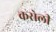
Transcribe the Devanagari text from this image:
कसेली